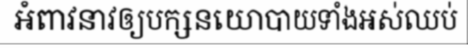
អំពាវនាវឲ្យបក្សនយោបាយទាំងអស់ឈប់